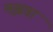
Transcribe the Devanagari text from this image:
मझवा